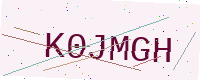
Text: K0JMGH